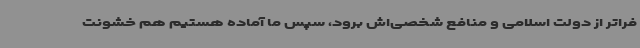
فراتر از دولت اسلامی و منافع شخصی‌اش برود، سپس ما آماده هستیم هم خشونت